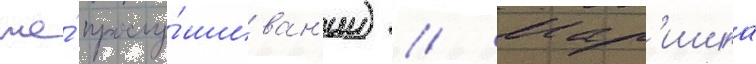
же́ прослу́шиван'ии) // Мар'ишка